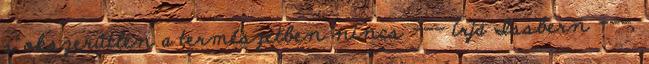
s okszerűtlen a természetben nincs --- írja Issbern ---,